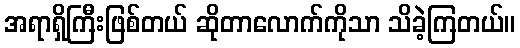
အရာရှိကြီးဖြစ်တယ် ဆိုတာလောက်ကိုသာ သိခဲ့ကြတယ်။